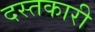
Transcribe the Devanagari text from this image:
दस्‍तकारी